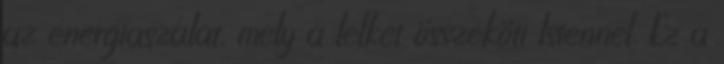
az energiaszálat, mely a lelket összeköti Istennel. Ez a